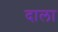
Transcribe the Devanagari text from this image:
दाला